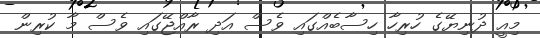
މިއީ ދުނިޔޭގެ ހުރިހާ ހިސާބެއްގައި ވެސް އަދި ރާއްޖޭގައި ވެސް މާ ކުރިން